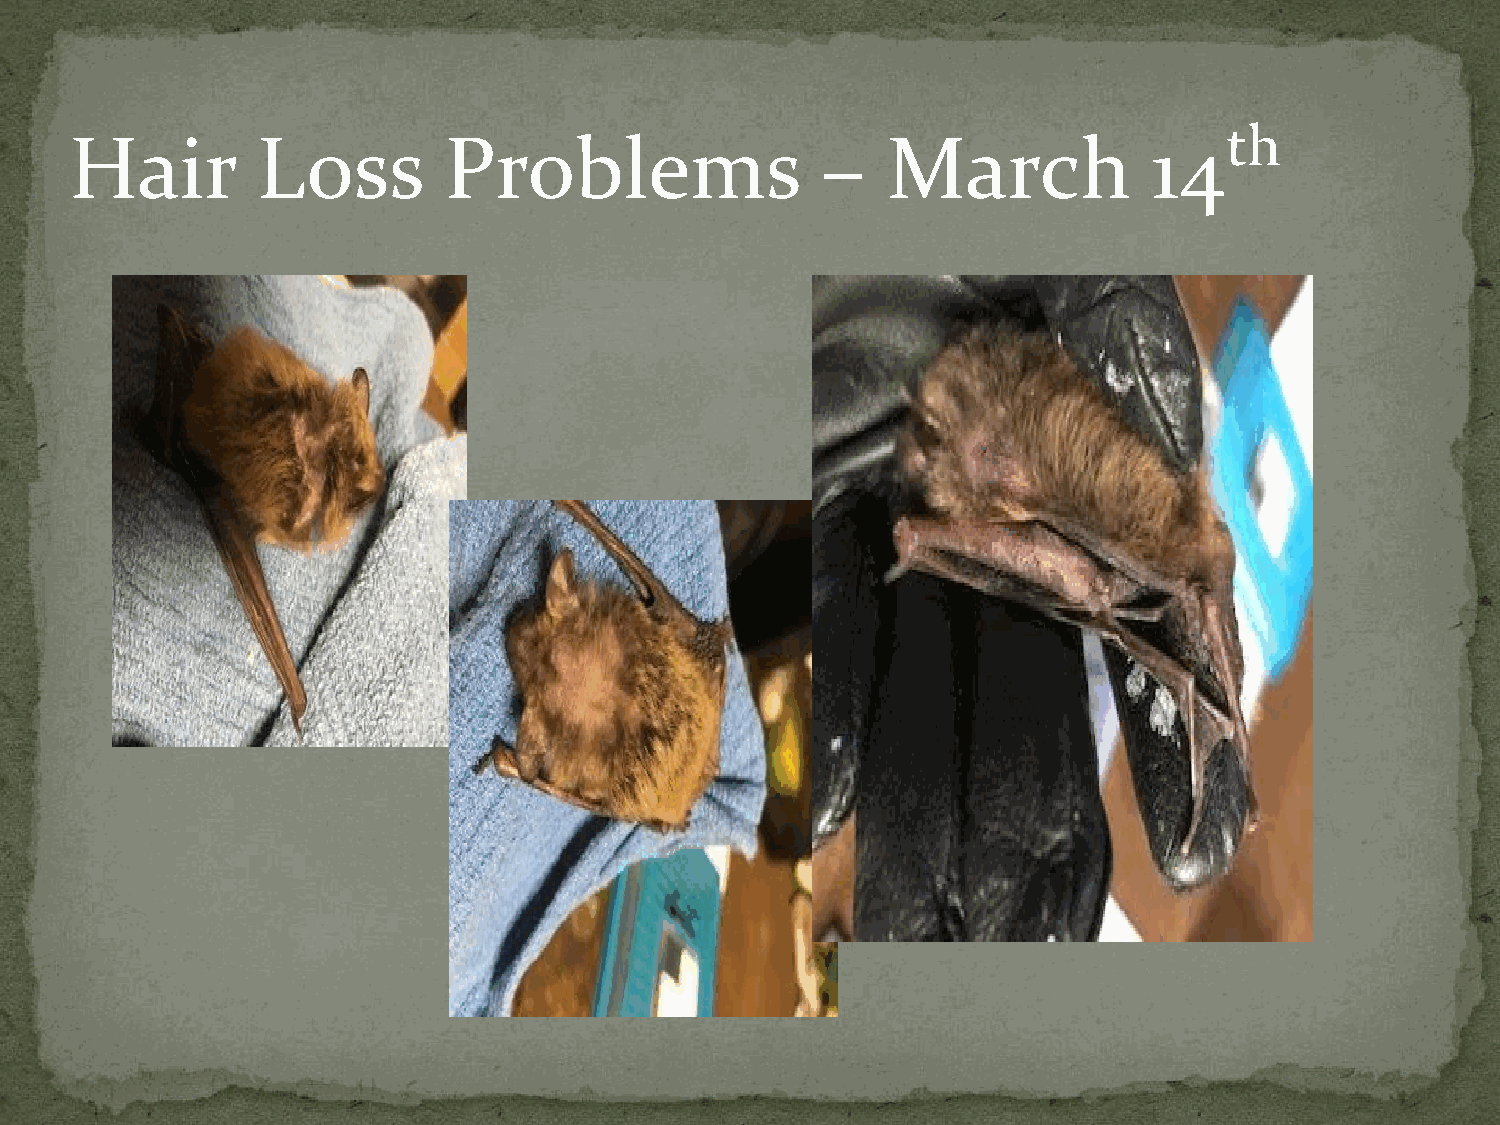
th
 Hair        Loss        Problems                 –    March            14